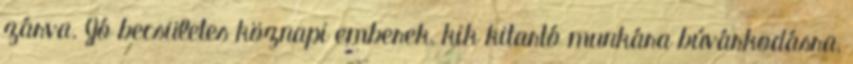
zárva. Jó becsületes köznapi emberek, kik kitartó munkára búvárkodásra,